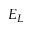
E _ { L }